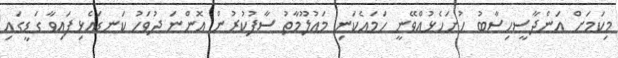
މިކަމަށް އަންދާސީހިސާބު ހުށަހެޅުއްވޭނީ ހަމައެކަނި މަޢުލޫމާތު ސާފުކުރުން އޮންނަ ދުވަހު ކަނޑައެޅިފައިވާ ގަޑީގައި